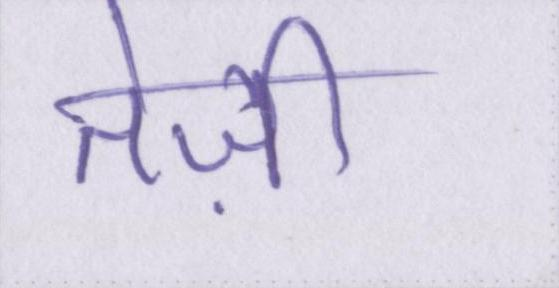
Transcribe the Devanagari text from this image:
तेज़ी